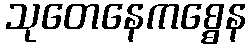
သုတေနေကစ္စေန